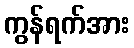
ကွန်ရက်အား